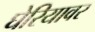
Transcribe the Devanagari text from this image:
घेरियावर